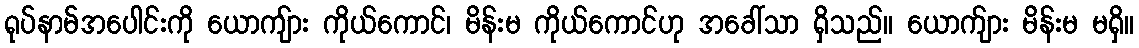
ရုပ်နာမ်အပေါင်းကို ယောကျ်ား ကိုယ်ကောင်၊ မိန်းမ ကိုယ်ကောင်ဟု အခေါ်သာ ရှိသည်။ ယောက်ျား မိန်းမ မရှိ။